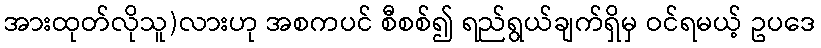
အားထုတ်လိုသူ)လားဟု အစကပင် စီစစ်၍ ရည်ရွယ်ချက်ရှိမှ ဝင်ရမယ့် ဥပဒေ